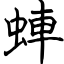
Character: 蛼